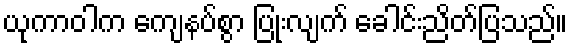
ယုကာဝါက ကျေနပ်စွာ ပြုံးလျက် ခေါင်းညိတ်ပြသည်။